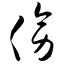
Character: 傍